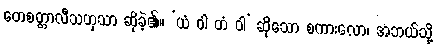
တေစတ္တာလီသဟုသာ ဆိုခဲ့၏။ ‘ယံ ဝါ တံ ဝါ’ ဆိုသော စကားလော၊ အဘယ်သို့